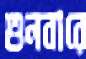
শুনবারে